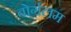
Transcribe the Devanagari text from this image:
बोर्गलम